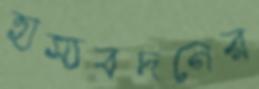
হাস্যবদনের